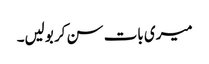
میری بات سن کر بولیں۔